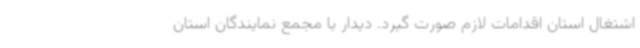
اشتغال استان اقدامات لازم صورت گیرد. دیدار با مجمع نمایندگان استان